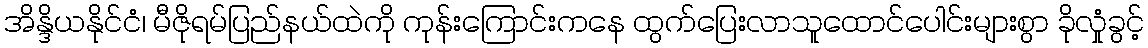
အိန္ဒိယနိုင်ငံ၊ မီဇိုရမ်ပြည်နယ်ထဲကို ကုန်းကြောင်းကနေ ထွက်ပြေးလာသူထောင်ပေါင်းများစွာ ခိုလှုံခွင့်